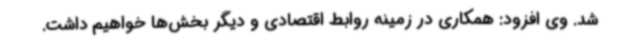
شد. وی افزود: همکاری در زمینه روابط اقتصادی و دیگر بخش‌ها خواهیم داشت.